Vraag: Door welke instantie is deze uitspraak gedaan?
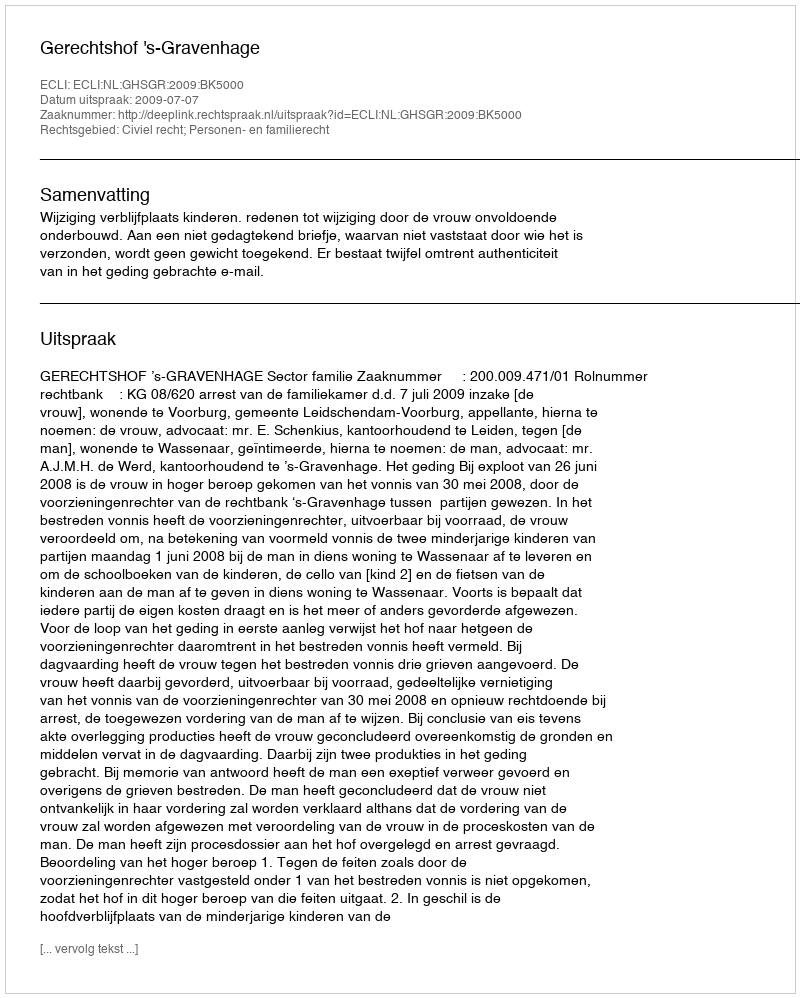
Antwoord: Gerechtshof 's-Gravenhage